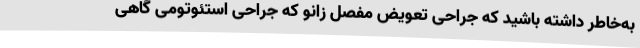
به‌خاطر داشته باشید که جراحی تعویض مفصل زانو که جراحی استئوتومی گاهی